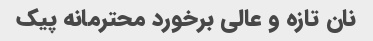
نان تازه و عالی برخورد محترمانه پیک